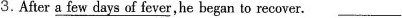
3.After \underline{a few days of fever},he began to recover.___